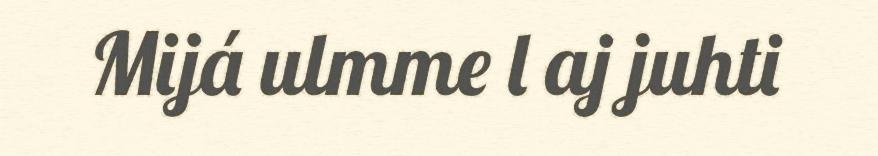
Mijá ulmme l aj juhti